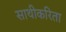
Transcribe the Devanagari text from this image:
साथीकरिता